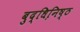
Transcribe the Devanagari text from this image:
बुद्धिनि़ष्ठ